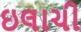
ઇલાચી